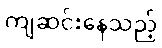
ကျဆင်းနေသည့်